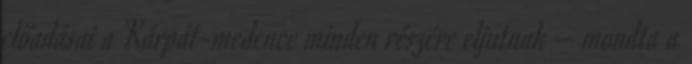
előadásai a Kárpát-medence minden részére eljutnak – mondta a